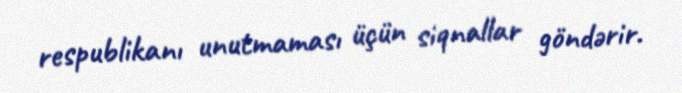
respublikanı unutmaması üçün siqnallar göndərir.